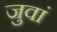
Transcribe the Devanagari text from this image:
जुवां